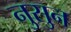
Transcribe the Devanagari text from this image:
नुसुन